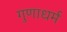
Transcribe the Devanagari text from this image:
गुणाधर्म